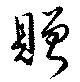
贈